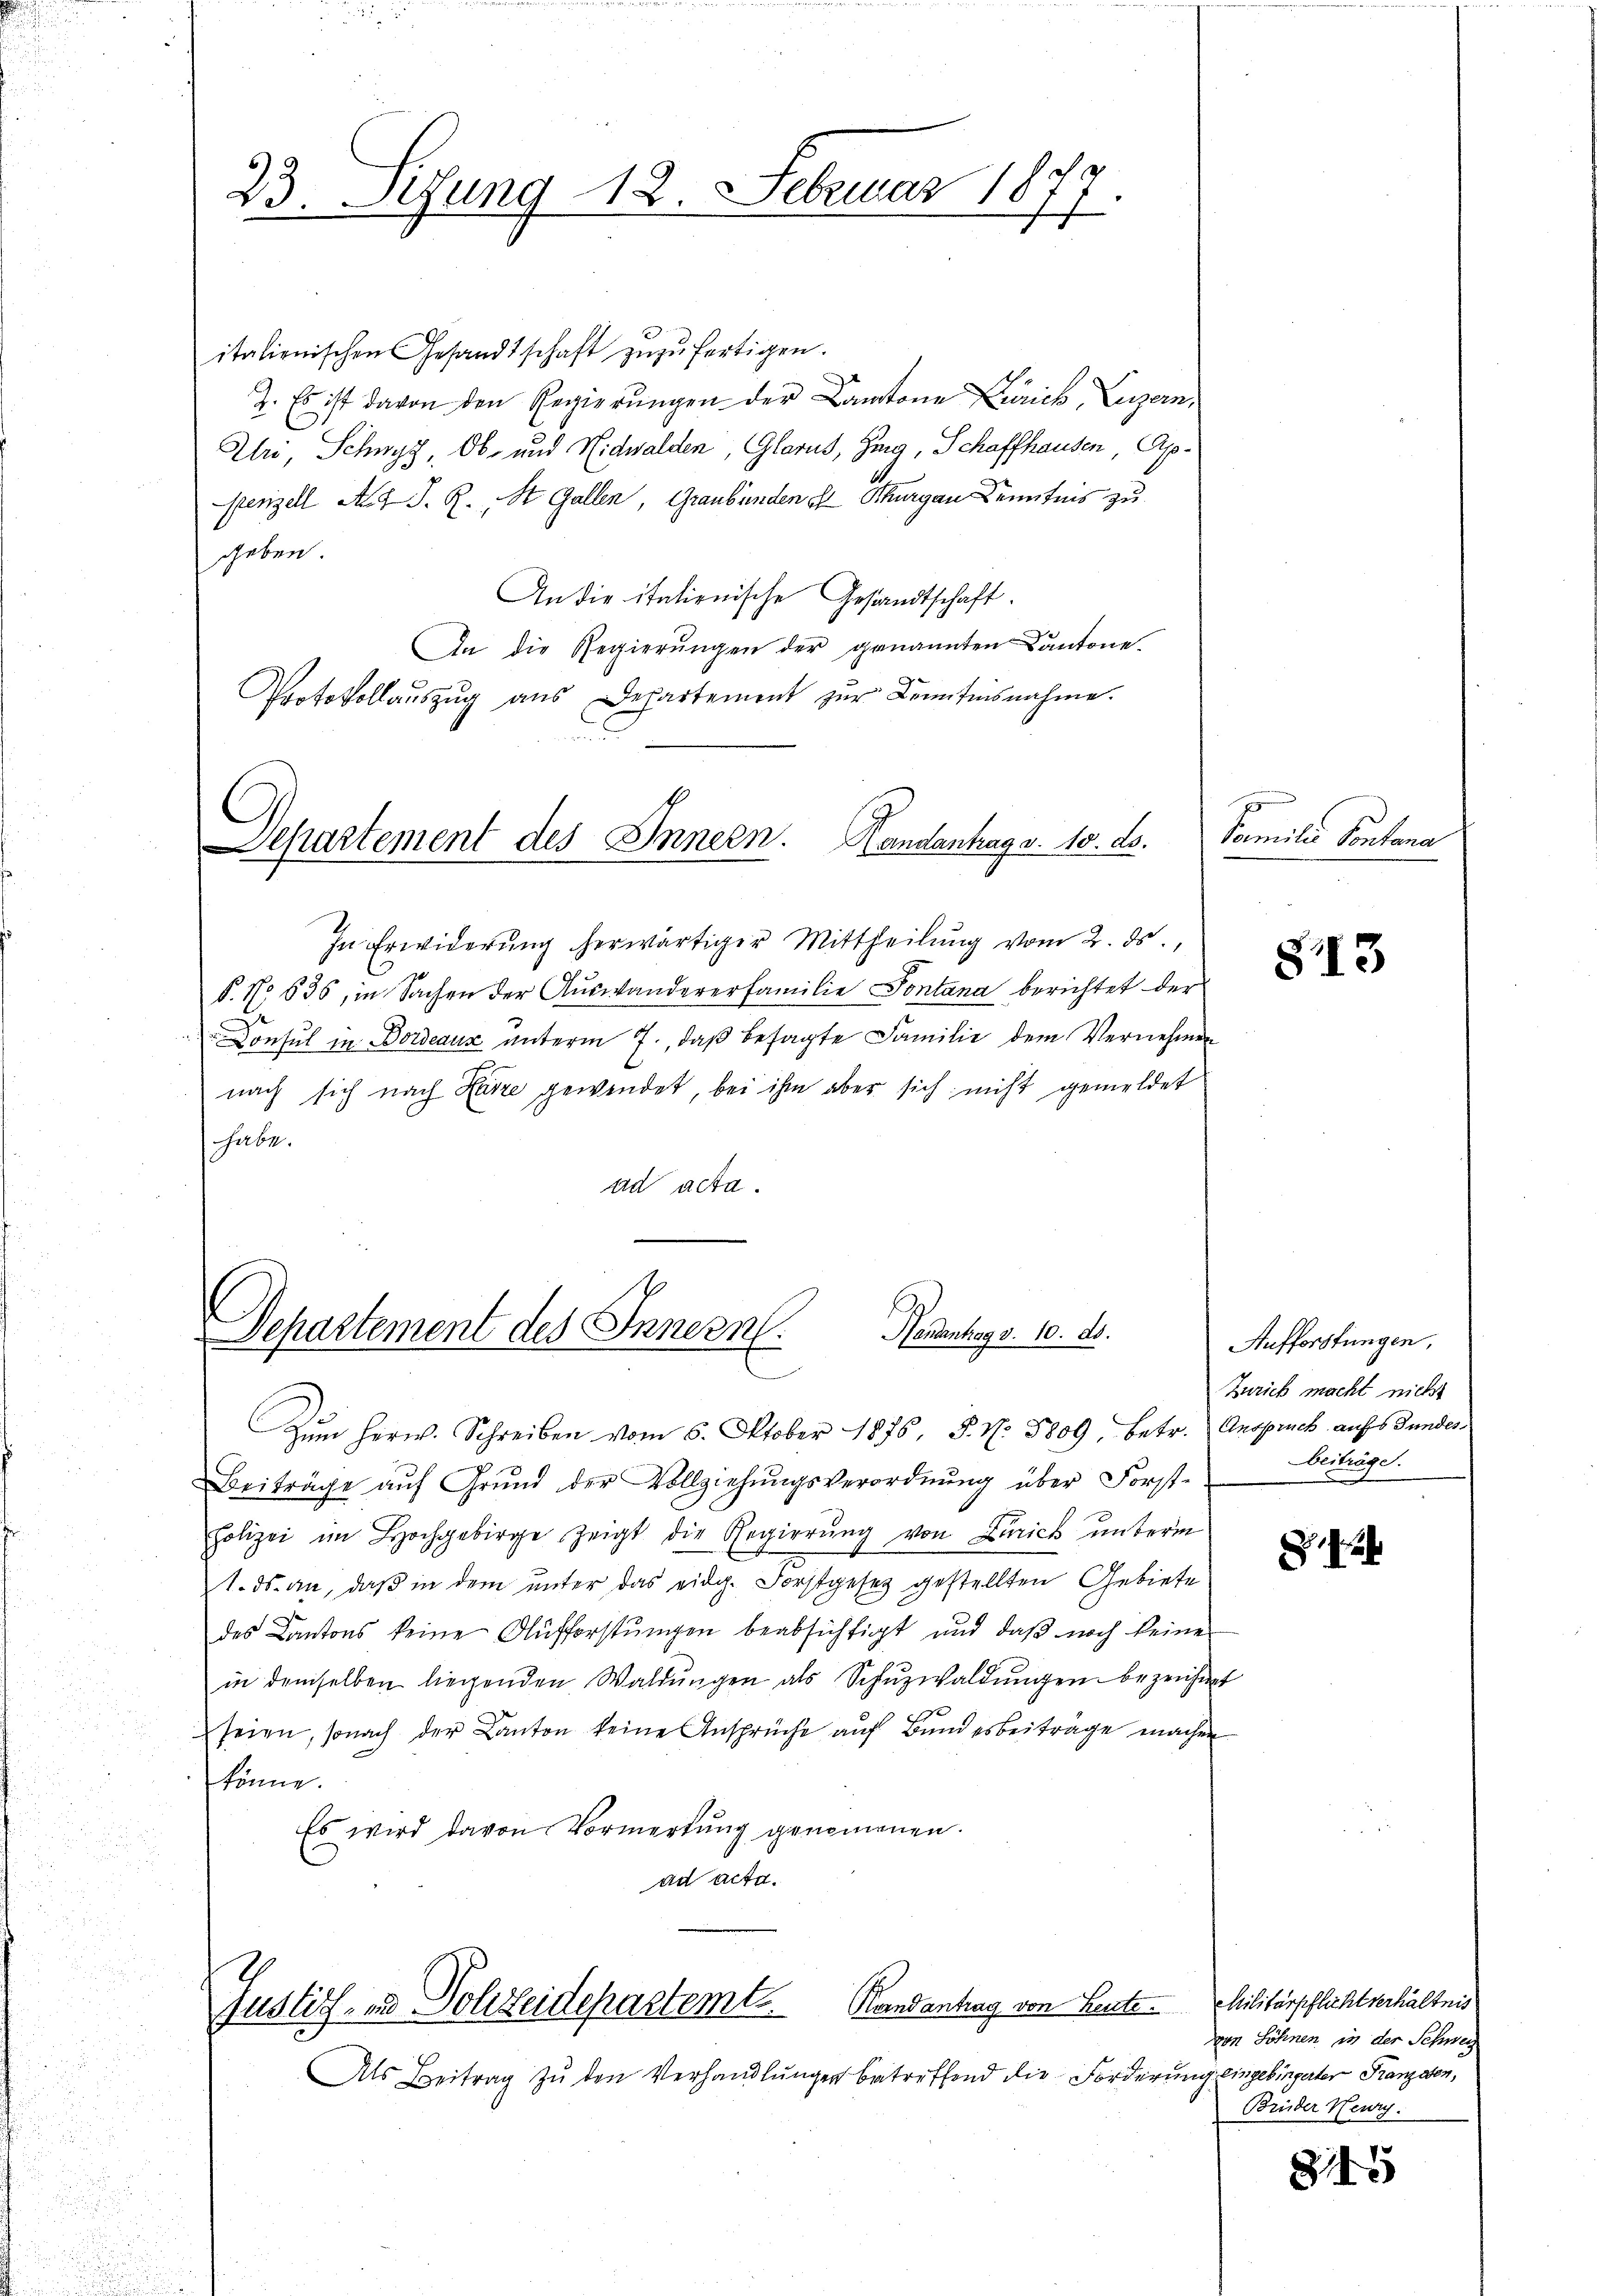
23. Sizung 18 Februar 1877
h

italienischen Gesandtschaft zuzufertigen.
2. Es ist davon den Regierungen der Cantone Zürich Luzern,
Uri, Schwyz, Ob- und Nidwalden, Glarus, Zing, Schaffhausen, Apfenzell A. v. J. R. St. Gallen, Graubünden Thurgau Kenntnis zu
gheben
An die italienische Gesandtschaft.
An die Regierŭngen der genannten Cantone.
Protokollauszug aus Departement zur Kenntnisnahme.
Departement des Innern. Handantrag v. 10. ds.
In Erwiderung herwärtiger Mittheilung vom 2. ds.
§. No 636, in Sachen der Auswandererfamilie Sontana berichtet der
Consul in Bordeaux unterm 7., daß besagte Familie dem Vernehmen
nach sich nach Harre gewendet, bei ihm aber sich nicht gemeldet
habe.
ad acta.

16
Handantrag v. 10. ds.
Departement des Innern.

Als Beitrag zŭ den Verhandlŭngen betreffend die Forderung

Zŭm Herw. Schreiben vom 6. Oktober 1876, S. N. 5809, betr. Anspruch aufs Bunder
0
Beiträge aŭf Grund der Vollziehŭngsverordnŭng über Forst-
Polizei im Hochgebirge zeigt die Regierŭng von Zürich ŭnterm
1. ds. an, daß in dem unter das eidg. Forstgesetz gestellten Gebiete
des Cantons keine Aufforstŭngen beabsichtigt und daβ noch keine
in demselben liegenden Waldŭngen als Schŭzwaldŭngen bezeichnet
seien, sonach der Kanton keine Ansprüche auf Bundesbeiträge machen
könne.
Es wird davon Vormerkung genommenen.
ad acta.

Kaandantrag von Leute. Militärpflichtverhältnis
Justiz - in Sohseidepartemb

E
Familie Pontona

Aufforstungen,
Zürich macht nicht
beiträge.

von Söhnen in der Schwei
zig eingebingerter Franzesen,
Brüder Neur.

813

815